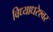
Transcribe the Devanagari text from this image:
विध्याधरेश्वर